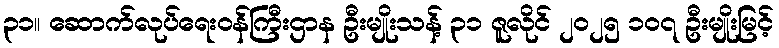
၃၁။ ဆောက်လုပ်ရေးဝန်ကြီးဌာန ဦးမျိုးသန့် ၃၁ ဇူလိုင် ၂၀၂၅ ၁၀၇ ဦးမျိုးမြင့်